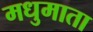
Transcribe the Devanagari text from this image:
मधुमाता